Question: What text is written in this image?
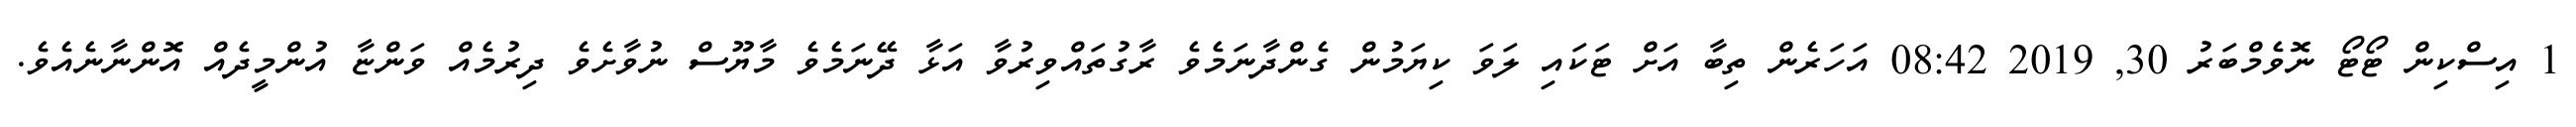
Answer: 1 އިސްކިން ޓޯޓޯ ނޮވެމްބަރު 30, 2019 08:42 އަހަރެން ތިބާ އަށް ޓަކައި ލަވަ ކިޔަމުން ގެންދާނަމެވެ ރާގުތައްވިރުވާ އަޅާ ދޭނަމެވެ މާޔޫސް ނުވާށެވެ ދިރުމެއް ވަންޏާ އުންމީދެއް އޮންނާނެއެވެ.